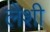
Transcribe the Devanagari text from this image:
लेशी